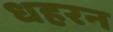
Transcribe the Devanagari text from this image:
धहरन